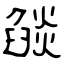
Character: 燄